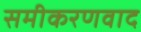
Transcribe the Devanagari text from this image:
समीकरणवाद